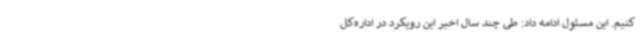
کنیم. این مسئول ادامه داد: طی چند سال اخیر این رویکرد در اداره‌کل